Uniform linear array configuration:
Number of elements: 64
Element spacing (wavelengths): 0.5
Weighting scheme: uniform
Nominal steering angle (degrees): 60
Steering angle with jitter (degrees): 58.71
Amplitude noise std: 0.05
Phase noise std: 0.05

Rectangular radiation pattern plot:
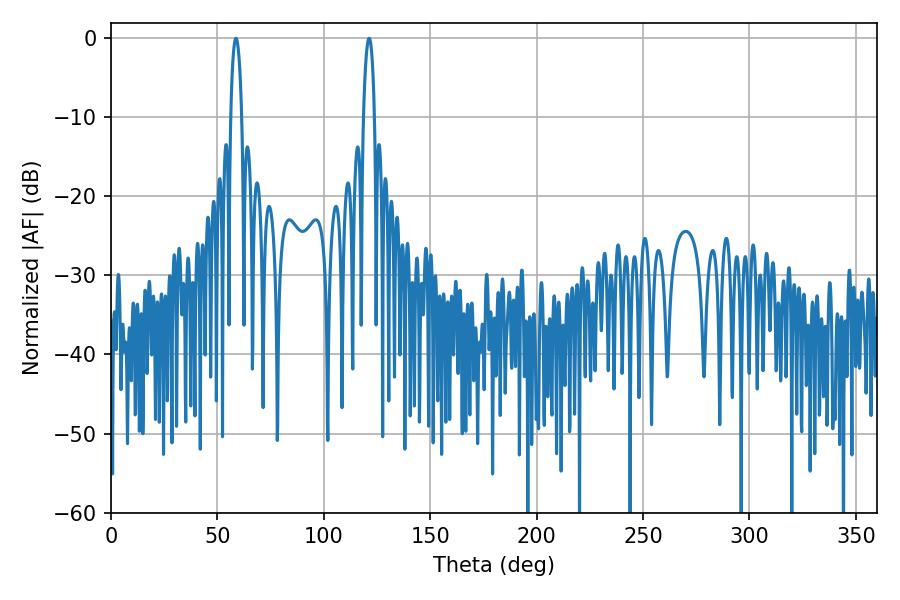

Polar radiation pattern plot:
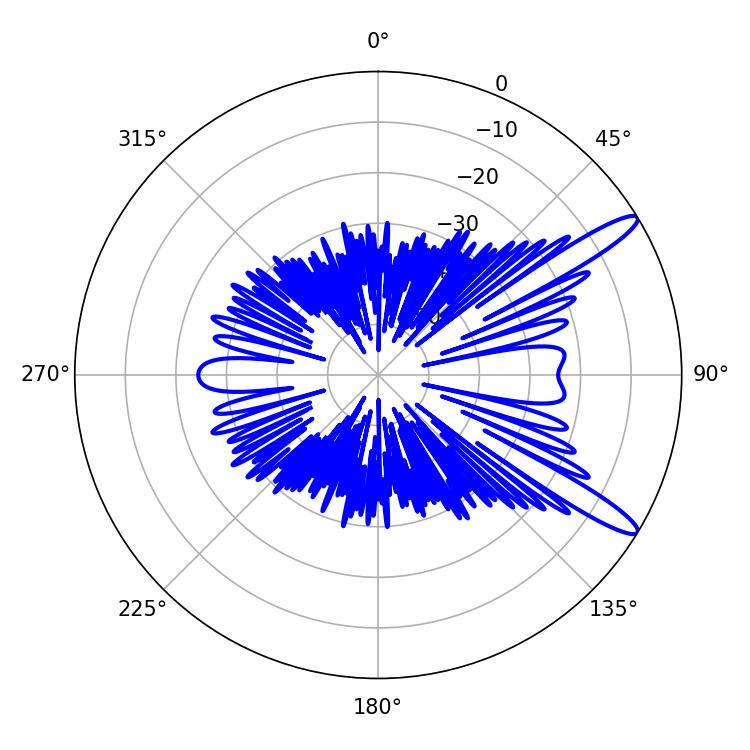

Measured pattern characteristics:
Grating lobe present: FALSE
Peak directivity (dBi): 12.955
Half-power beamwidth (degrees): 2.88
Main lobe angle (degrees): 58.68